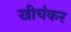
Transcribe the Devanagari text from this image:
खीचंकर